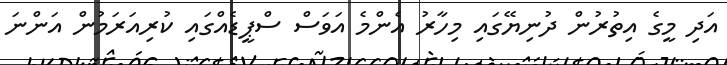
އަދި މީގެ އިތުރުން ދުނިޔޭގައި މިހާރު އެންމެ އަވަސް ސްޕީޑެއްގައި ކުރިއަރަމުން އަންނަ